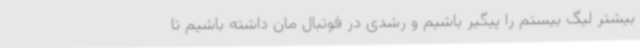
بیشتر لیگ بیستم را پیگیر باشیم و رشدی در فوتبال مان داشته باشیم تا